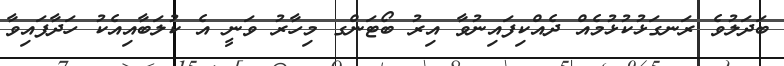
ބަދަލުވެ ރަނގަޅުކުޅުމެއް ދެއްކިފައިނުވާ އިރު ބޯޓަންގ މިހާރު ވަނީ އެ ކުލަބާއިއެކު ހަދާފައިވާ